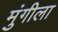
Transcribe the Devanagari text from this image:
मुंगीला